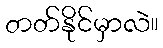
တတ်နိုင်မှာလဲ။